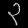
Digit: ၃